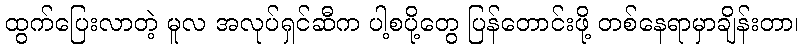
ထွက်ပြေးလာတဲ့ မူလ အလုပ်ရှင်ဆီက ပါ့စပို့တွေ ပြန်တောင်းဖို့ တစ်နေရာမှာချိန်းတာ၊